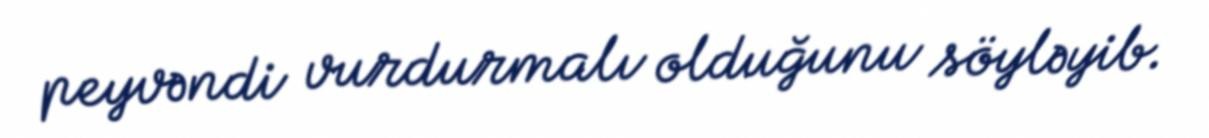
peyvəndi vurdurmalı olduğunu söyləyib.